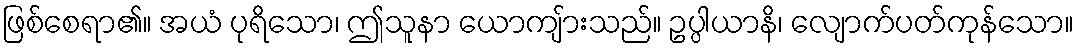
ဖြစ်စေရာ၏။ အယံ ပုရိသော၊ ဤသူနာ ယောကျ်ားသည်။ ဥပ္ပါယာနိ၊ လျောက်ပတ်ကုန်သော။